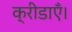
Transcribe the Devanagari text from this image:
क्रीडाएँ।